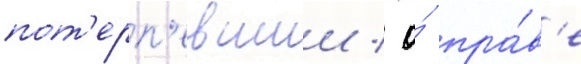
пот'ерп'евшии / о́ пра́в'е